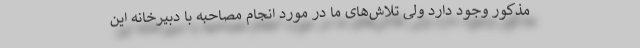
مذکور وجود دارد ولی تلاش‌های ما در مورد انجام مصاحبه با دبیرخانه این